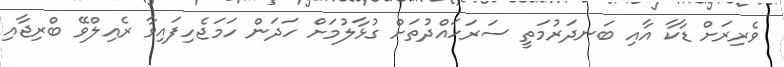
ވެރިރަށް ޑާކާ އާއި ބަނދަރުމަތީ ސަރަހައްދުތަށް ގުޅާލުމަށް ހަދަން ހަމަޖެހިފައިވާ ރެއިލްވޭ ބްރިޖާއި